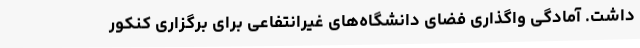
داشت. آمادگی واگذاری فضای دانشگاه‌های غیرانتفاعی برای برگزاری کنکور